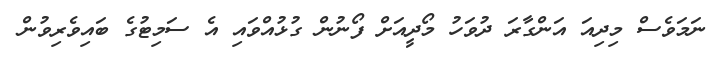
ނަމަވެސް މިދިއަ އަންގާރަ ދުވަހު މޯދީއަށް ފޯނުން ގުޅުއްވައި އެ ސަމިޓުގެ ބައިވެރިވުން